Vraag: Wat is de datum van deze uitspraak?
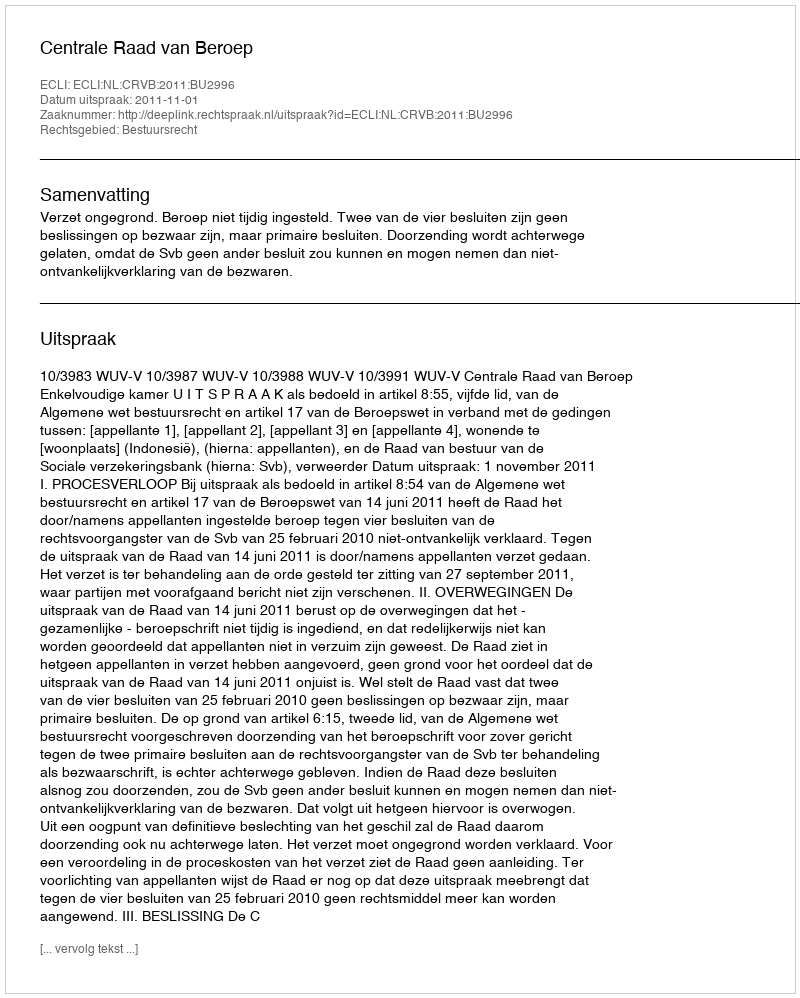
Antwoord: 2011-11-01